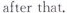
after that,